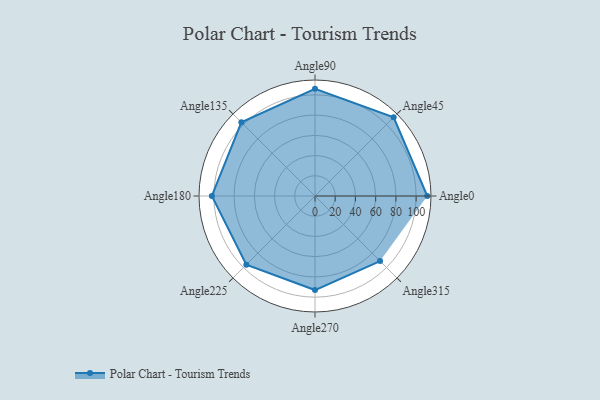
{"axis": {"x": "Angle", "y": "Radius"}, "legend": [""], "data": [{"x": "Angle0", "y": 111.0, "type": ""}, {"x": "Angle45", "y": 110.0, "type": ""}, {"x": "Angle90", "y": 106.0, "type": ""}, {"x": "Angle135", "y": 103.0, "type": ""}, {"x": "Angle180", "y": 102.0, "type": ""}, {"x": "Angle225", "y": 96.0, "type": ""}, {"x": "Angle270", "y": 93.0, "type": ""}, {"x": "Angle315", "y": 91.0, "type": ""}]}